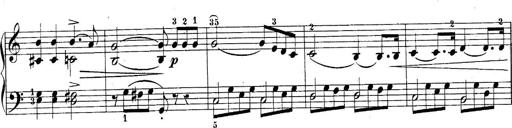
Title: 10 Sonatines progressives
Composer: Anton Schmoll